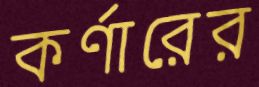
কর্ণারের